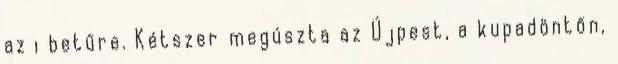
az i betűre. Kétszer megúszta az Újpest, a kupadöntőn,